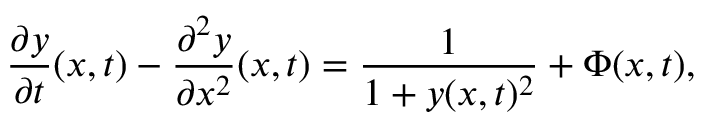
\frac { \partial y } { \partial t } ( x , t ) - \frac { \partial ^ { 2 } y } { \partial x ^ { 2 } } ( x , t ) = \frac { 1 } { 1 + y ( x , t ) ^ { 2 } } + \Phi ( x , t ) ,